Madras plague regulations in force outside the Presidency town - Volume 2
Disease focus: Plague
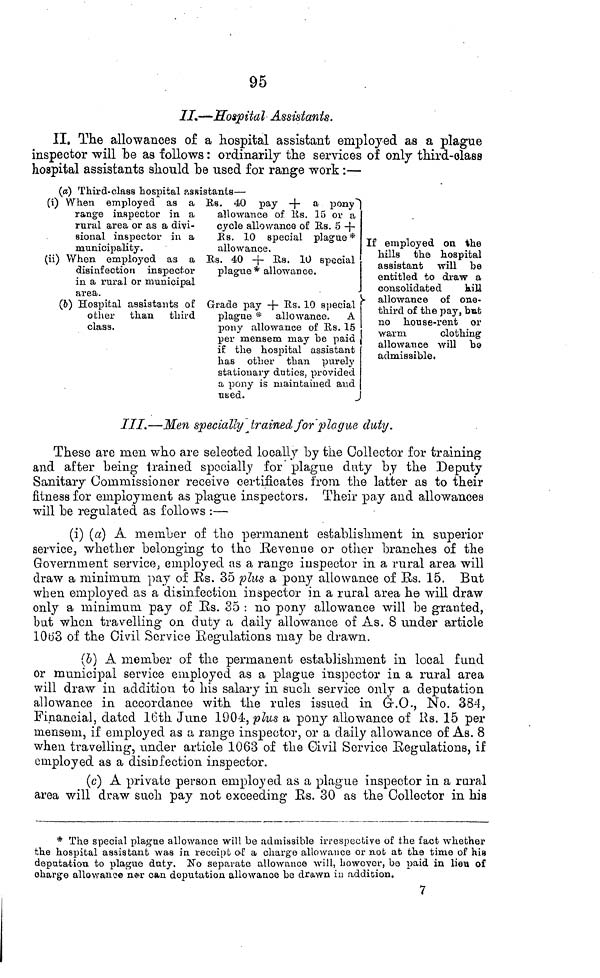
95
//,—Hospital Assistants.
II. The allowances of a hospital assistant employed as a plague
inspector will be as follows : ordinarily the services of only third-class
hospital assistants should be used for range work :—
(a) Third-class hospital assistants—
(i)
(ii)
When employed as a
range inspector in a
rural area or as a divi-
sional inspector in a
municipality.
When employed as a
disinfection inspector
in a rural or municipal
area.
(b) Hospital assistants of
other than third
class.
Rs. 40 pay † a pony
allowance of Rs. 15 or a
cycle allowance of Rs. 5 †
Rs. 10 special plague *
allowance.
Rs. 40 † Us. 10 special |
plague* allowance.
Grade pay † Rs. 10 special
plague * allowance. A
pony allowance of Rs. 15
per mensem may be paid
if the hospital assistant
has other than purely
stationary duties, provided
a pony is maintained aud
used.
If employed on the
hills the hospital
assistant will be
entitled to draw a
consolidated
hiu
allowance of one-
third of the pay, but
no house-rent or
warm
clothing
allowance will be
admissible.
III.—Men specialty trained for plague duty.
These are men who are selected locally by the Collector for training
and after being trained specially for plague duty by the Deputy
Sanitary Commissioner receive certificates from the latter as to their
fitness for employment as plague inspectors. Their pay and allowances
will be regulated as follows :—
(i) (a) A member of the permanent establishment in superior
service, whether belonging to the Revenue or other branches of the
Government service, employed as a range inspector in a rural area will
draw a minimum pay of Rs. 35 plus a pony allowance of Rs. 15. But
when employed as a disinfection inspector in a rural area he will draw
only a minimum pay of Rs. 35 : no pony allowance will be granted,
but when travelling on duty a daily allowance of As. 8 under article
1063 of the Civil Service Regulations may be drawn.
(b) A member of the permanent establishment in local fund
or municipal service employed as a plague inspector in a rural area
will draw in addition to his salary in such service only a deputation
allowance in accordance with the rules issued in G.O., No. 384,
Financial, dated 16th June 19004, plus a pony allowance of Rs. 15 per
mensem, if employed as a range inspector, or a daily allowance of As. 8
when travelling, under article 1063 of the Civil Service Regulations, if
employed as a disinfection inspector.
(c) A private person employed as a plague inspector in a rural
area will draw such pay not exceeding RS. 30 as the Collector in his
* The special plague allowance will be admissible irrespective of the fact whether
the hospital assistant was in receipt of a charge allowance or not at the time of his
deputation to plague duty. No separate allowance will, however, be paid in lieu of
charge allowance nor can deputation allowance be drawn in addition.
7